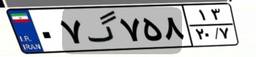
۳۶گ۵۹۰۱۲